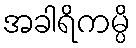
အခါရိကမ္ပိ